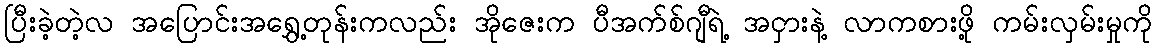
ပြီးခဲ့တဲ့လ အပြောင်းအရွှေ့တုန်းကလည်း အိုဇေးက ပီအက်စ်ဂျီရဲ့ အငှားနဲ့ လာကစားဖို့ ကမ်းလှမ်းမှုကို